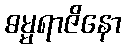
ဓမ္မရာဇိနော